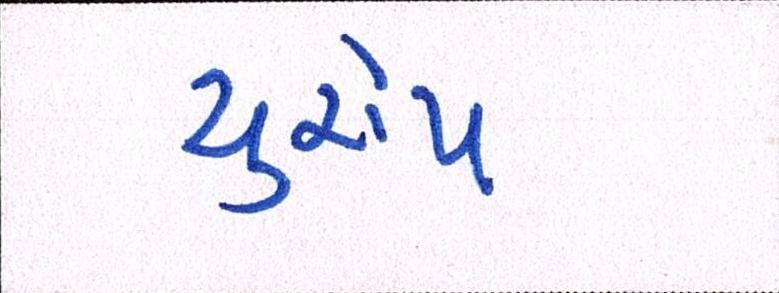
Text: યુરોપ